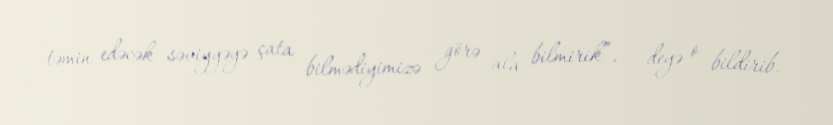
təmin edəcək səviyyəyə çata bilmədiyimizə görə ala bilmirik”, – deyə o bildirib.